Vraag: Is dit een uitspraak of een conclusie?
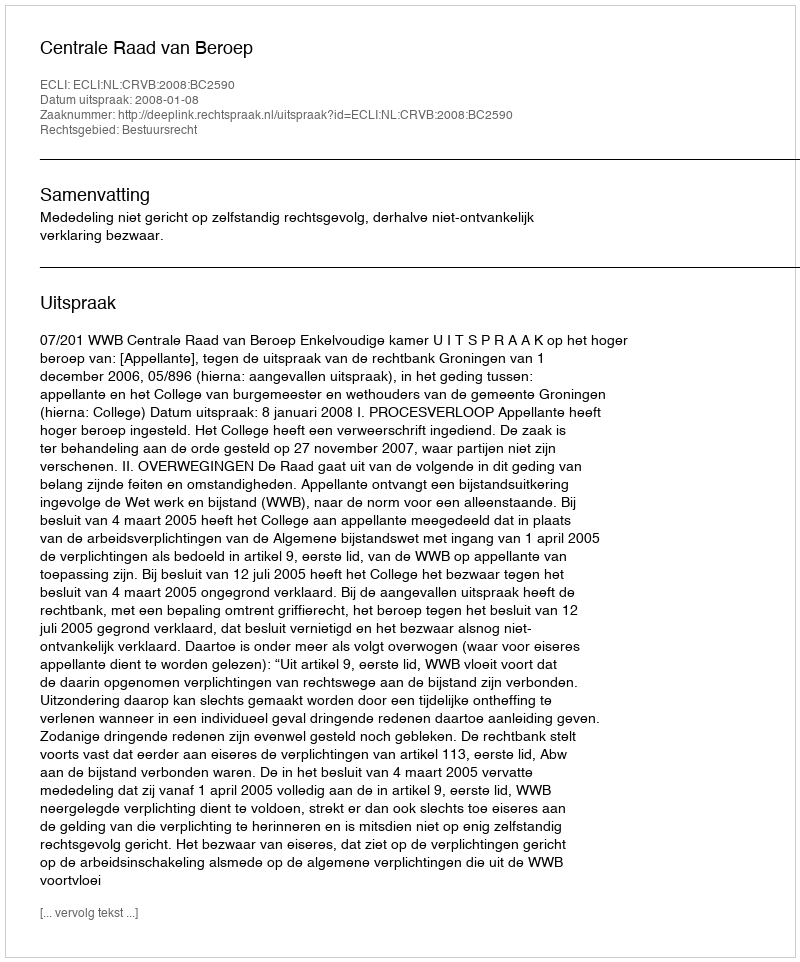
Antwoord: Uitspraak